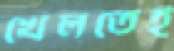
খেলতেই